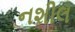
નશીલ